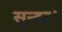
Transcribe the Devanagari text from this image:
सुन्दर।